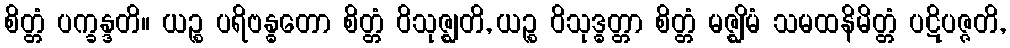
စိတ္တံ ပက္ခန္ဒတိ။ ယဉ္စ ပရိဗန္ဓတော စိတ္တံ ဝိသုဇ္ဈတိ, ယဉ္စ ဝိသုဒ္ဓတ္တာ စိတ္တံ မဇ္ဈိမံ သမထနိမိတ္တံ ပဋိပဇ္ဇတိ,